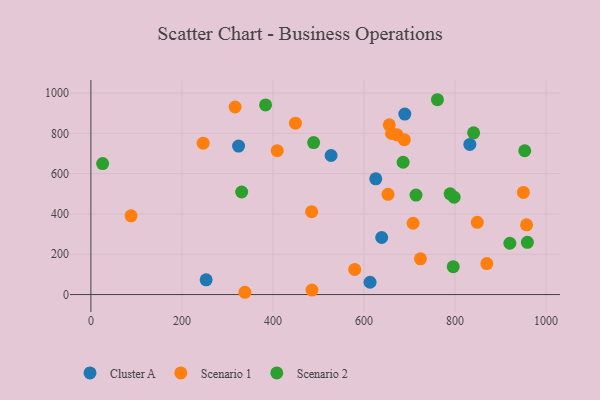
{"axis": {"x": "Distance", "y": "Salary"}, "legend": ["Cluster A", "Scenario 1", "Scenario 2"], "data": [{"x": "689.7", "y": 895.4, "type": "Cluster A"}, {"x": "613.4", "y": 61.1, "type": "Cluster A"}, {"x": "832.6", "y": 745.0, "type": "Cluster A"}, {"x": "527.7", "y": 690.0, "type": "Cluster A"}, {"x": "253.2", "y": 73.2, "type": "Cluster A"}, {"x": "638.9", "y": 283.0, "type": "Cluster A"}, {"x": "625.9", "y": 574.4, "type": "Cluster A"}, {"x": "324.5", "y": 736.9, "type": "Cluster A"}, {"x": "957.3", "y": 346.0, "type": "Scenario 1"}, {"x": "708.0", "y": 353.8, "type": "Scenario 1"}, {"x": "409.4", "y": 714.2, "type": "Scenario 1"}, {"x": "869.9", "y": 153.7, "type": "Scenario 1"}, {"x": "950.2", "y": 506.6, "type": "Scenario 1"}, {"x": "579.6", "y": 124.5, "type": "Scenario 1"}, {"x": "848.9", "y": 358.2, "type": "Scenario 1"}, {"x": "449.5", "y": 850.4, "type": "Scenario 1"}, {"x": "338.4", "y": 11.3, "type": "Scenario 1"}, {"x": "652.8", "y": 497.2, "type": "Scenario 1"}, {"x": "485.7", "y": 22.3, "type": "Scenario 1"}, {"x": "88.3", "y": 390.7, "type": "Scenario 1"}, {"x": "246.7", "y": 751.3, "type": "Scenario 1"}, {"x": "688.5", "y": 768.4, "type": "Scenario 1"}, {"x": "316.9", "y": 930.6, "type": "Scenario 1"}, {"x": "655.6", "y": 842.1, "type": "Scenario 1"}, {"x": "672.7", "y": 792.5, "type": "Scenario 1"}, {"x": "660.6", "y": 799.2, "type": "Scenario 1"}, {"x": "724.1", "y": 177.4, "type": "Scenario 1"}, {"x": "485.0", "y": 411.2, "type": "Scenario 1"}, {"x": "714.3", "y": 493.7, "type": "Scenario 2"}, {"x": "920.5", "y": 254.5, "type": "Scenario 2"}, {"x": "489.4", "y": 754.1, "type": "Scenario 2"}, {"x": "761.4", "y": 966.8, "type": "Scenario 2"}, {"x": "331.3", "y": 508.9, "type": "Scenario 2"}, {"x": "953.2", "y": 713.6, "type": "Scenario 2"}, {"x": "686.0", "y": 656.6, "type": "Scenario 2"}, {"x": "796.1", "y": 138.2, "type": "Scenario 2"}, {"x": "798.0", "y": 483.4, "type": "Scenario 2"}, {"x": "840.9", "y": 802.6, "type": "Scenario 2"}, {"x": "959.0", "y": 259.1, "type": "Scenario 2"}, {"x": "383.8", "y": 941.1, "type": "Scenario 2"}, {"x": "25.8", "y": 649.9, "type": "Scenario 2"}, {"x": "789.3", "y": 500.0, "type": "Scenario 2"}]}